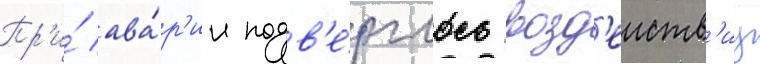
Пр'и́ ава́р'ии подв'е́рглось возд'еиств'иу